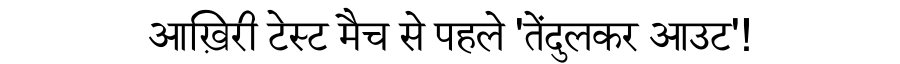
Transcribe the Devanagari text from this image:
आख़िरी टेस्ट मैच से पहले 'तेंदुलकर आउट'!